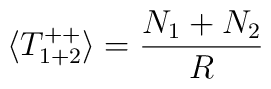
\langle T^{+ +}_{1 + 2}\rangle= \frac{N_1 + N_2}{ R}